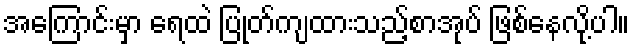
အကြောင်းမှာ ရေထဲ ပြုတ်ကျထားသည့်စာအုပ် ဖြစ်နေလို့ပါ။